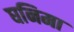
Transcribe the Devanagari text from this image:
घनिमा